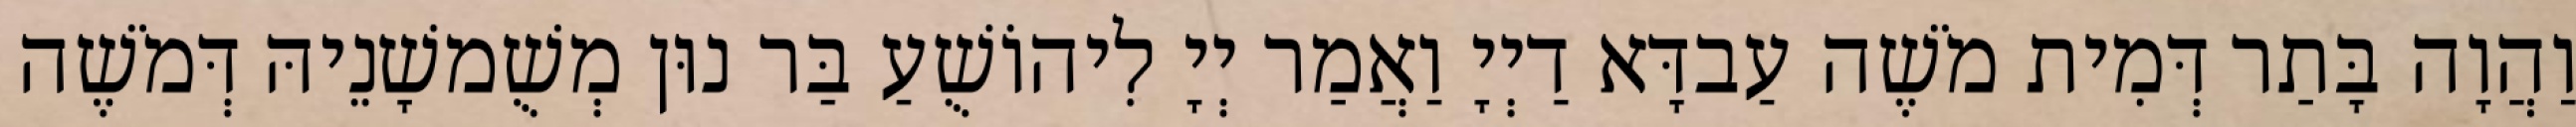
וַהֲוָה בָּתַר דְּמִית מֹשֶׁה עַבדָּא דַיְיָ וַאֲמַר יְיָ לִיהוֹשֻׁעַ בַּר נוּן מְשֻׁמשָׁנֵיהּ דְּמֹשֶׁה